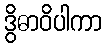
ဒွိဓာဝိပါကာ